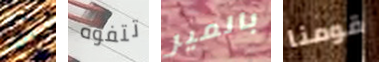
أين تتفوه بالمير قومنا